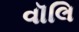
વૉલિ